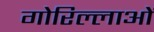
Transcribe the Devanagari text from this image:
गोरिल्लाओं